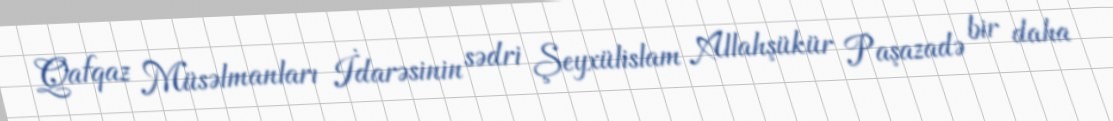
Qafqaz Müsəlmanları İdarəsinin sədri Şeyxülislam Allahşükür Paşazadə bir daha